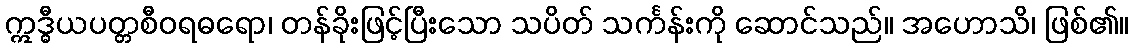
ဣဒ္ဓီယပတ္တစီဝရဓရော၊ တန်ခိုးဖြင့်ပြီးသော သပိတ် သင်္ကန်းကို ဆောင်သည်။ အဟောသိ၊ ဖြစ်၏။